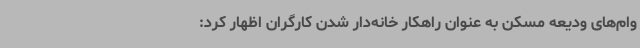
وام‌های ودیعه مسکن به عنوان راهکار خانه‌دار شدن کارگران اظهار کرد: